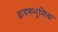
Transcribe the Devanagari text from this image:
द्वादशभूमिक